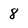
Character: 8